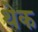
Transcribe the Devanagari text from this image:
थेक